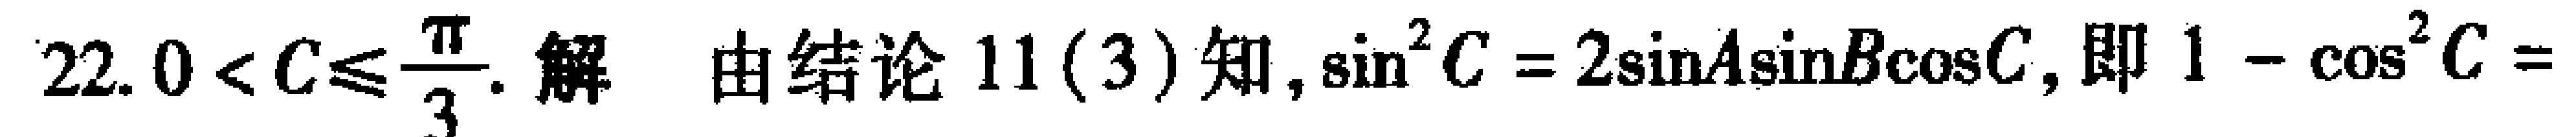
$22.0 < C\leqslant\frac{\pi}{3}.$ 解 由结论 11(3) 知, $\sin^{2}C = 2\sin A\sin B\cos C$, 即 $1 - \cos^{2}C =$